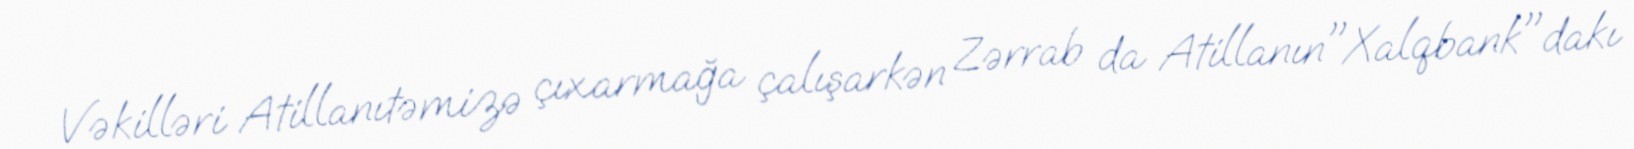
Vəkilləri Atillanıtəmizə çıxarmağa çalışarkən Zərrab da Atillanın"Xalqbank"dakı